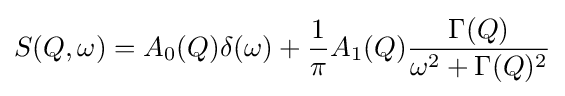
S(Q,\omega )=A_{0}(Q)\delta (\omega )+{\frac {1}{\pi }}A_{1}(Q){\frac {\Gamma (Q)}{\omega ^{2}+\Gamma (Q)^{2}}}